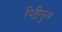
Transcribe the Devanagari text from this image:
पिटीफुल